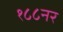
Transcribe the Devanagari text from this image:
१८८नर